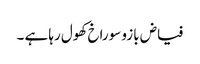
فیاض بازو سوراخ کھول رہا ہے ۔